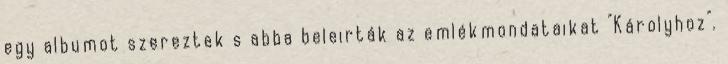
egy albumot szereztek s abba beleirták az emlékmondataikat "Károlyhoz".